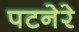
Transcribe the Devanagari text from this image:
पटनेरे